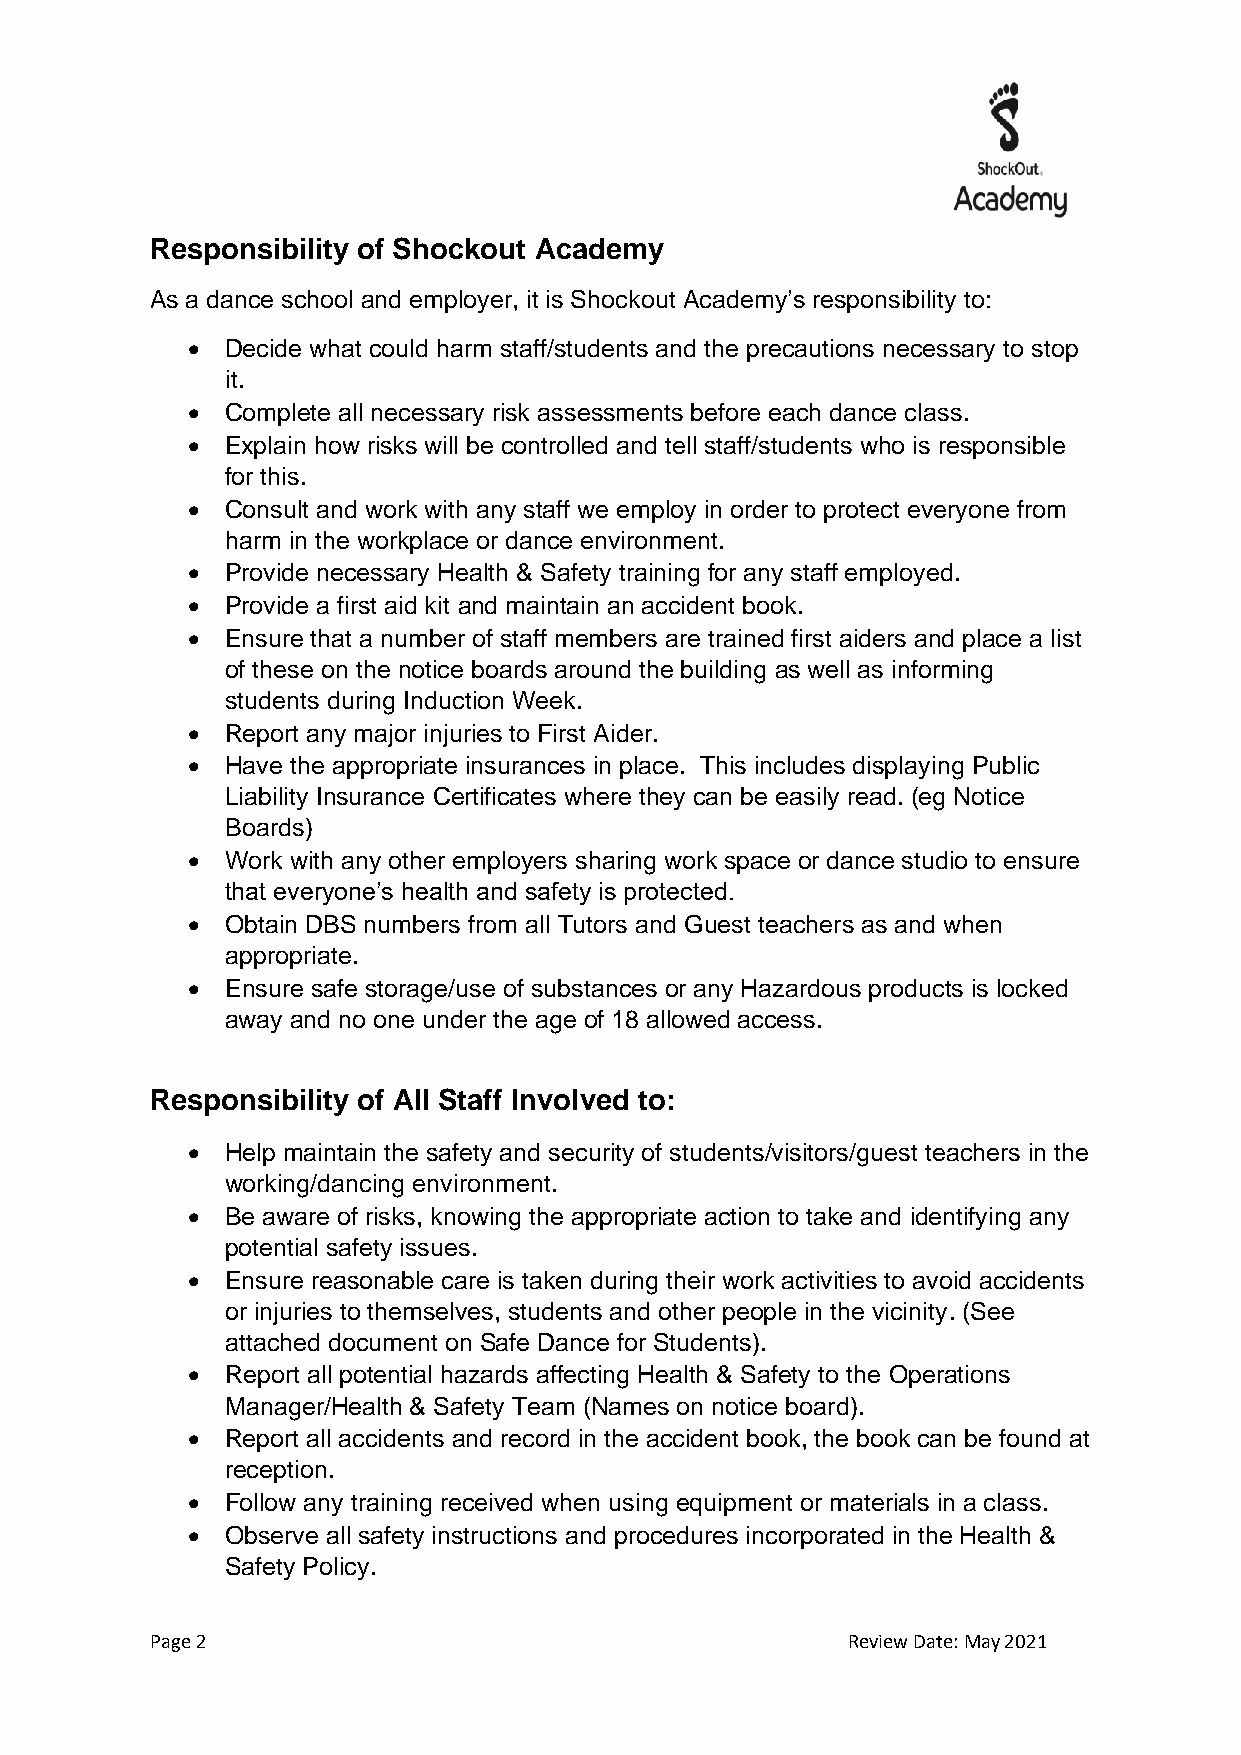
Responsibility of Shockout Academy
 As a dance school and employer, it is Shockout Academy’s responsibility to:
 •  Decide what could harm staff/students and the precautions necessary to stop
 it.
 •  Complete all necessary risk assessments before each dance class.
 •  Explain how risks will be controlled and tell staff/students who is responsible
 for this.
 •  Consult and work with any staff we employ in order to protect everyone from
 harm in the workplace or dance environment.
 •  Provide necessary Health & Safety training for any staff employed.
 •  Provide a first aid kit and maintain an accident book.
 •  Ensure that a number of staff members are trained first aiders and place a list
 of these on the notice boards around the building as well as informing
 students during Induction Week.
 •  Report any major injuries to First Aider.
 •  Have the appropriate insurances in place. This includes displaying Public
 Liability Insurance Certificates where they can be easily read. (eg Notice
 Boards)
 •  Work with any other employers sharing work space or dance studio to ensure
 that everyone’s health and safety is protected.
 •  Obtain DBS numbers from all Tutors and Guest teachers as and when
 appropriate.
 •  Ensure safe storage/use of substances or any Hazardous products is locked
 away and no one under the age of 18 allowed access.
 Responsibility of All Staff Involved to:
 •  Help maintain the safety and security of students/visitors/guest teachers in the
 working/dancing environment.
 •  Be aware of risks, knowing the appropriate action to take and identifying any
 potential safety issues.
 •  Ensure reasonable care is taken during their work activities to avoid accidents
 or injuries to themselves, students and other people in the vicinity. (See
 attached document on Safe Dance for Students).
 •  Report all potential hazards affecting Health & Safety to the Operations
 Manager/Health & Safety Team (Names on notice board).
 •  Report all accidents and record in the accident book, the book can be found at
 reception.
 •  Follow any training received when using equipment or materials in a class.
 •  Observe all safety instructions and procedures incorporated in the Health &
 Safety Policy.
 Page 2                                        Review Date: May 2021